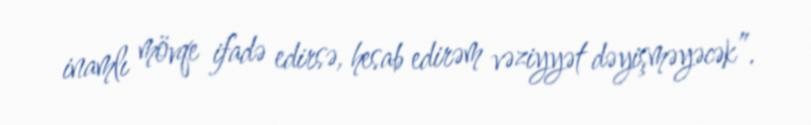
inamlı mövqe ifadə edirsə, hesab edirəm vəziyyət dəyişməyəcək”.